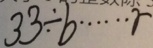
3 3 \div b \cdots r